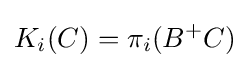
K_{i}(C)=\pi _{i}(B^{+}C)